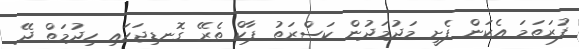
ފުރަތަމަ އެކަން ފެށީ މަދުމަދުން ކަސްރަތު ޕާކް ތެރޭ ގޮނޑިޖަހައި ހިދުމަތް ދޭ